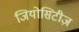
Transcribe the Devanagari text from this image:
जियोसिटीज़